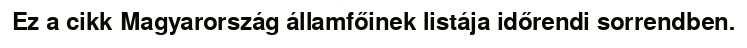
Ez a cikk Magyarország államfőinek listája időrendi sorrendben.